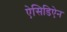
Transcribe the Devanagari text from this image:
ऐसिडिऐन